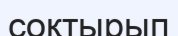
соқтырып